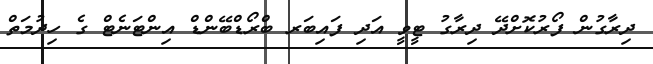
ދިރާގުން ފޯރުކޮށްދޭ ދިރާގު ޓީވީ އަދި ފައިބަރ ބްރޯޑްބޭންޑް އިންޓަނެޓް ގެ ހިދުމަތް